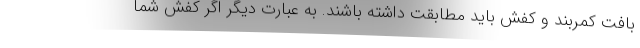
بافت کمربند و کفش باید مطابقت داشته باشند. به عبارت دیگر اگر کفش شما